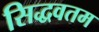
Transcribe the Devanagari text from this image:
सिद्धवतम